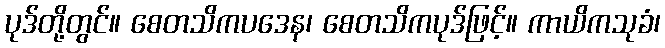
ပုဒ်တို့တွင်။ စေတသိကပဒေန၊ စေတသိကပုဒ်ဖြင့်။ ကာယိကသုခံ၊